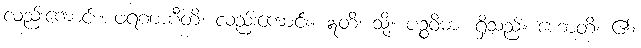
လည်းကောင်း။ ဖရဏာပီတိ၊ လည်းကောင်း။ ဣတိ၊ သို့။ ပဉ္စဝိဓာ၊ ရှိသည်။ ဟောတိ၊ ၏။